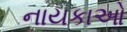
નાયકાઓ